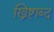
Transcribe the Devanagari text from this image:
ख्रिष्टाब्द